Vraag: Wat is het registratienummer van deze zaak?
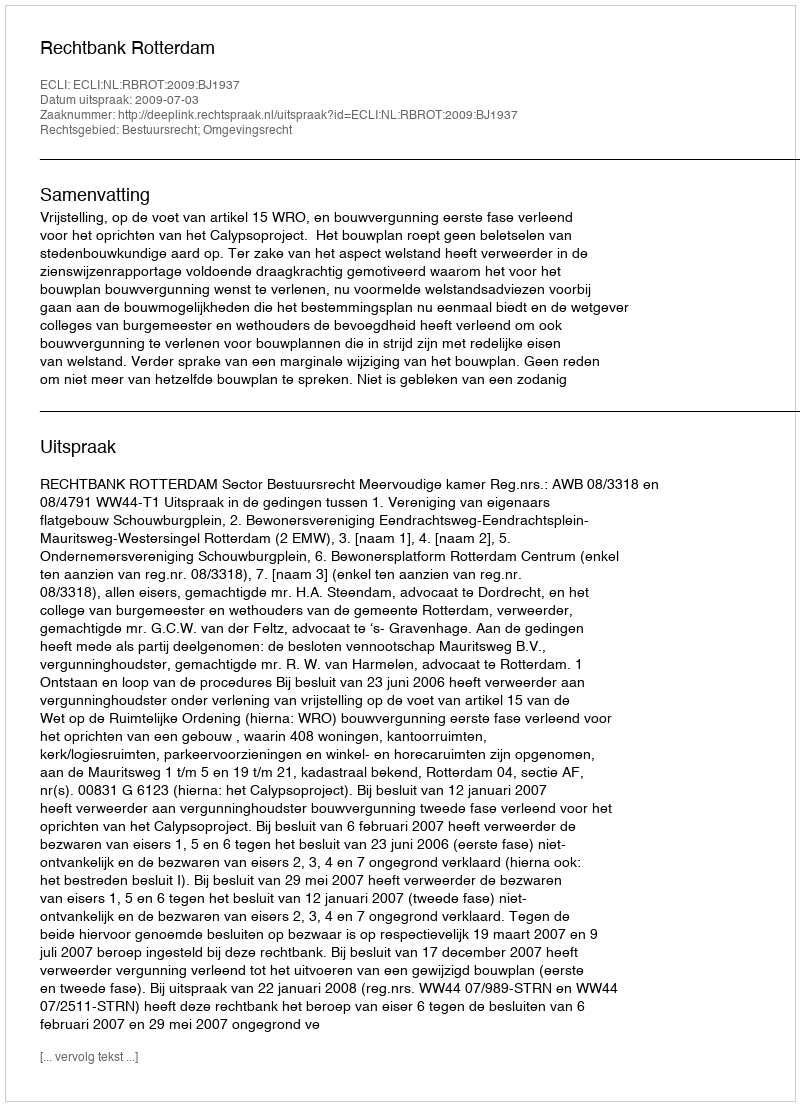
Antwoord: http://deeplink.rechtspraak.nl/uitspraak?id=ECLI:NL:RBROT:2009:BJ1937